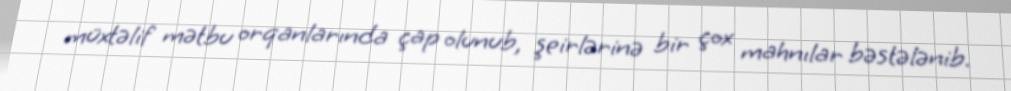
müxtəlif mətbu orqanlarında çap olunub, şeirlərinə bir çox mahnılar bəstələnib.